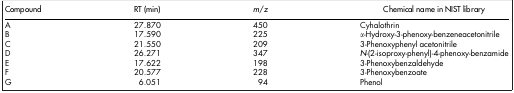
<table><thead><tr><td><b>Compound</b></td><td><b>RT (min)</b></td><td><b><i>m</i>/<i>z</i></b></td><td><b>Chemical name in NIST library</b></td></tr></thead><tbody><tr><td>A</td><td>27.870</td><td>450</td><td>Cyhalothrin</td></tr><tr><td>B</td><td>17.590</td><td>225</td><td><i>α</i>-Hydroxy-3-phenoxy-benzeneacetonitrile</td></tr><tr><td>C</td><td>21.550</td><td>209</td><td>3-Phenoxyphenyl acetonitrile</td></tr><tr><td>D</td><td>26.271</td><td>347</td><td><i>N</i>-(2-isoproxy-phenyl)-4-phenoxy-benzamide</td></tr><tr><td>E</td><td>17.622</td><td>198</td><td>3-Phenoxybenzaldehyde</td></tr><tr><td>F</td><td>20.577</td><td>228</td><td>3-Phenoxybenzoate</td></tr><tr><td>G</td><td>6.051</td><td>94</td><td>Phenol</td></tr></tbody></table>